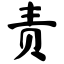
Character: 责